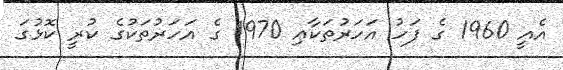
އެއީ 1960 ގެ ފަހު އަހަރުތަކާޢި 1970 ގެ އަހަރުތަކުގެ ކުރީ ކޮޅުގަ